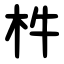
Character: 㭌